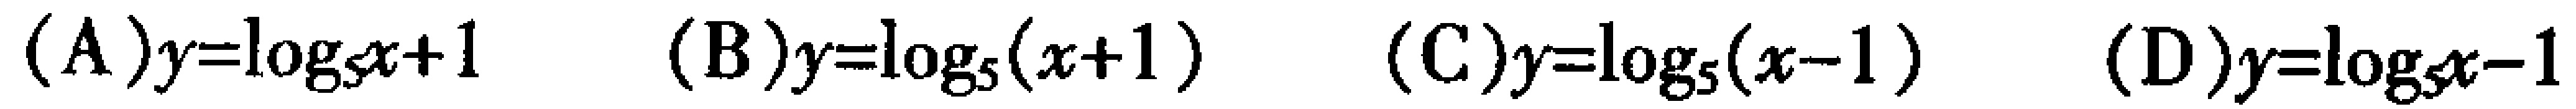
(A)$y = \log_{5}x + 1$  (B)$y = \log_{5}(x + 1)$  (C)$y = \log_{5}(x - 1)$  (D)$y = \log_{5}x - 1$